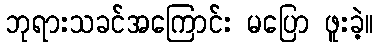
ဘုရားသခင်အကြောင်း မပြော ဖူးခဲ့။